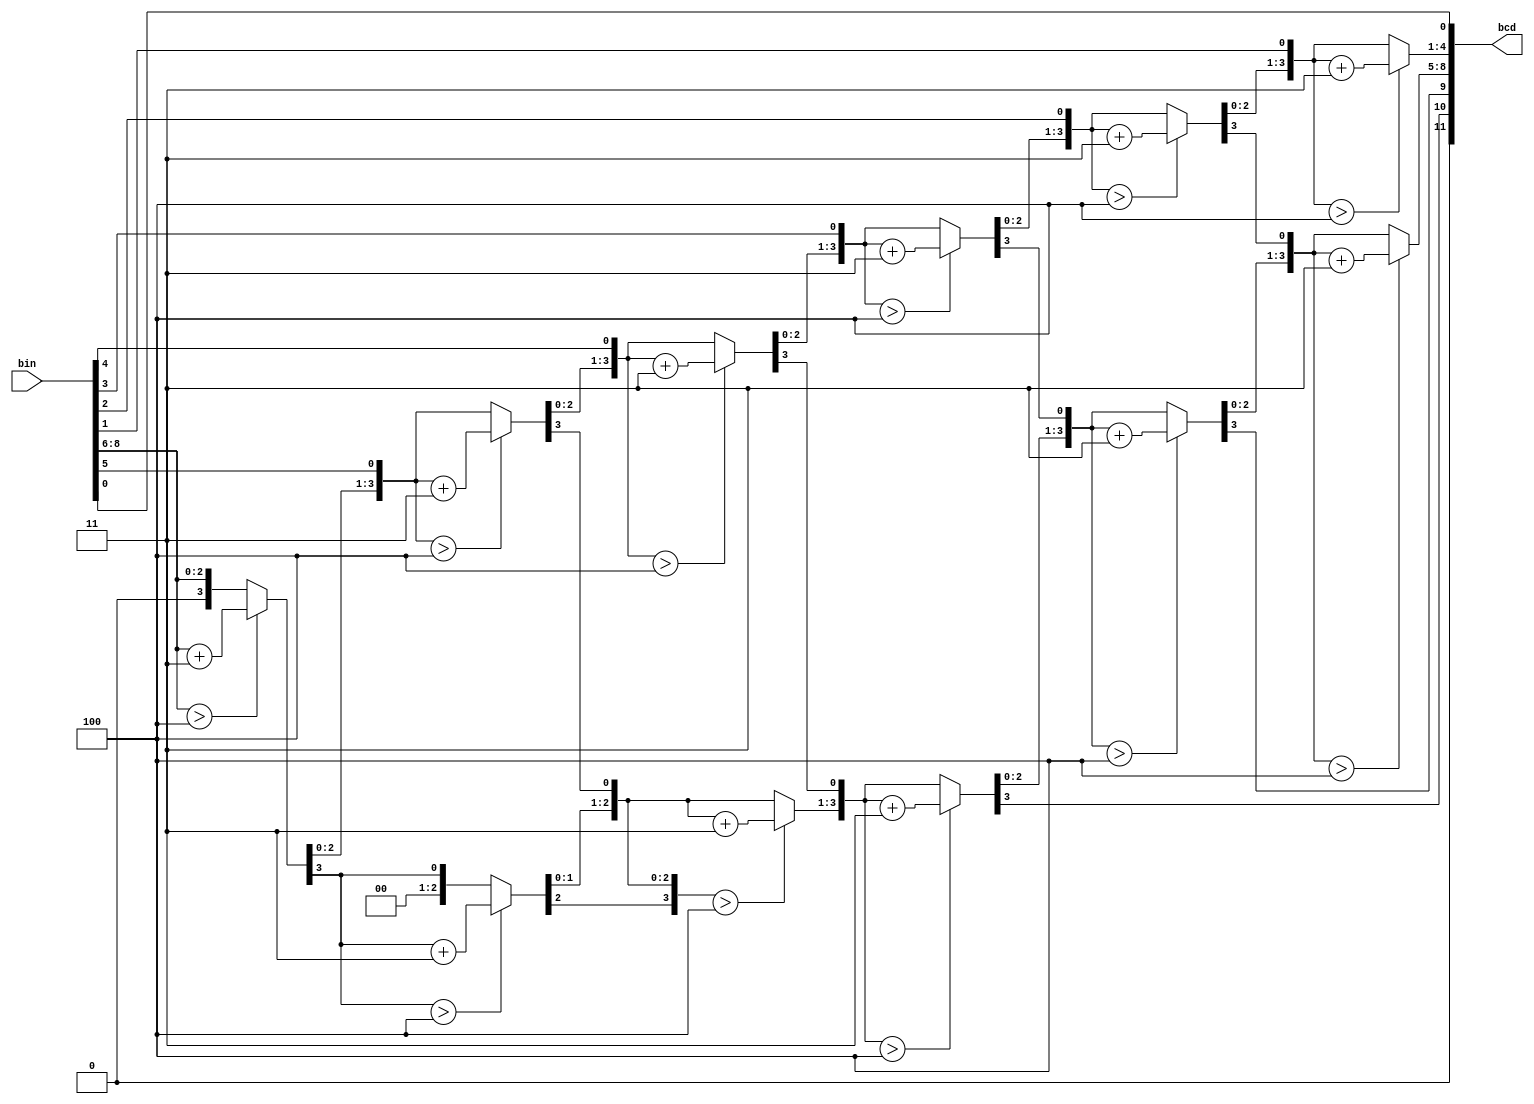
module bin2bcd9 (
  input      [8 :0] bin, // binary
  output reg [11:0] bcd  // bcd {hundreds,tens,ones}

);

  reg [19:0] z;
  integer i;

  always @(bin) begin
    for(i = 0; i <= 19; i = i+1) z[i] = 0;
    z[11:3] = bin;
    for(i = 0; i <= 5; i = i+1) begin
      if(z[12:9 ] > 4) z[12:9 ] = z[12:9 ] + 3;
      if(z[16:13] > 4) z[16:13] = z[16:13] + 3;
      z[19:1] = z[18:0];
     end      
	  bcd = {1'b0,z[19:9]};
  end

endmodule